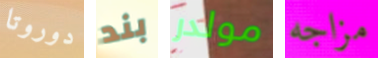
دوروتا بند مولدر مزاجه